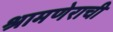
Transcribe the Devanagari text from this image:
श्रामणेराची